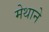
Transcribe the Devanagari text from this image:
मेथाने